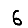
Digit: 6